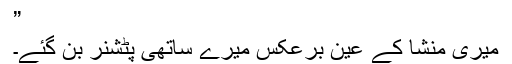
”
میری منشا کے عین برعکس میرے ساتھی پٹشنر بن گئے۔